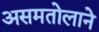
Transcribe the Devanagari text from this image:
असमतोलाने